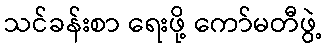
သင်ခန်းစာ ရေးဖို့ ကော်မတီဖွဲ့